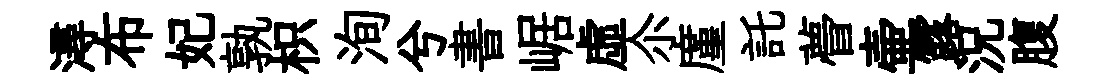
潯布妃孰枳洵兮書崌虛尒廑託瞢壷露況腹